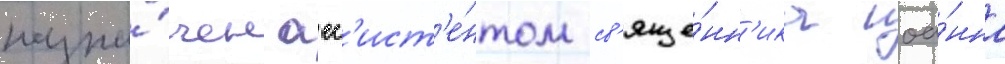
назна́чен асс'ист'е́нтом св'яще́нн'ика иоа́нна